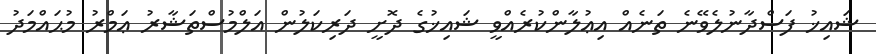
ޝައިޚު ފަސްދާނުލެވޭނެ ތަނެއް އިޢުލާންކުރެއްވީ ޝައިޚުގެ ދޮށީ ދަރިކަލުން އަލްމުސްތަޝާރު ޢަމްރު މުޙައްމަދު